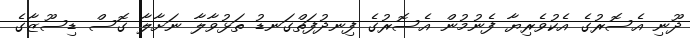
ދޫނި އެސޮރުގެ އެކުވެރިޔާ ފެނުމުން އެސޮރުގެ ފިނދުފަތްގަނޑު ތަޅުވާލާ ނަށާލާ ގޮސް ޑިސޫޒާގެ